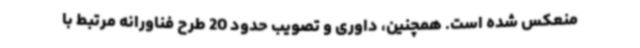
منعکس شده است. همچنین، داوری و تصویب حدود 20 طرح فناورانه مرتبط با